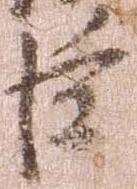
臣